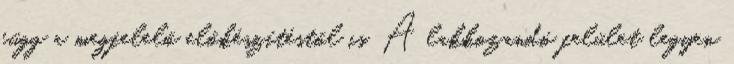
függ a megfelelő előkészítéstől is. A lakkozandó felület legyen